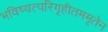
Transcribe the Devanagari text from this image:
भविष्यत्परिगृहीतममृतेन